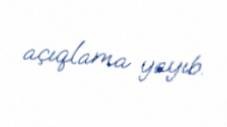
açıqlama yayıb.